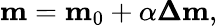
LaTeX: \mathbf{m}=\mathbf{m}_{0}+\alpha\pmb{\Delta}\mathbf{m},